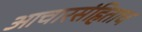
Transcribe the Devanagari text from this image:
आचारसंहिताच